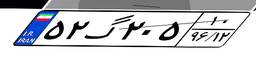
۵۲گ۲۰۵۱۰